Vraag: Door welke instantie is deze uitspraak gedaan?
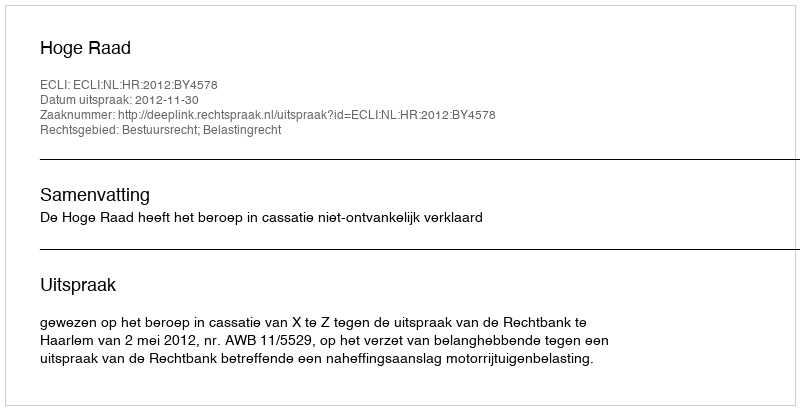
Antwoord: Hoge Raad